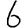
Digit: 6